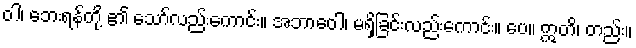
ဝါ၊ ဘေးရန်တို့ ၏ သော်လည်းကောင်း။ အဘာဝေါ၊ မရှိခြင်းလည်းကောင်း။ ပေ။ ဣတိ၊ တည်း။